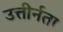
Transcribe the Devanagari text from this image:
उत्तीर्नता